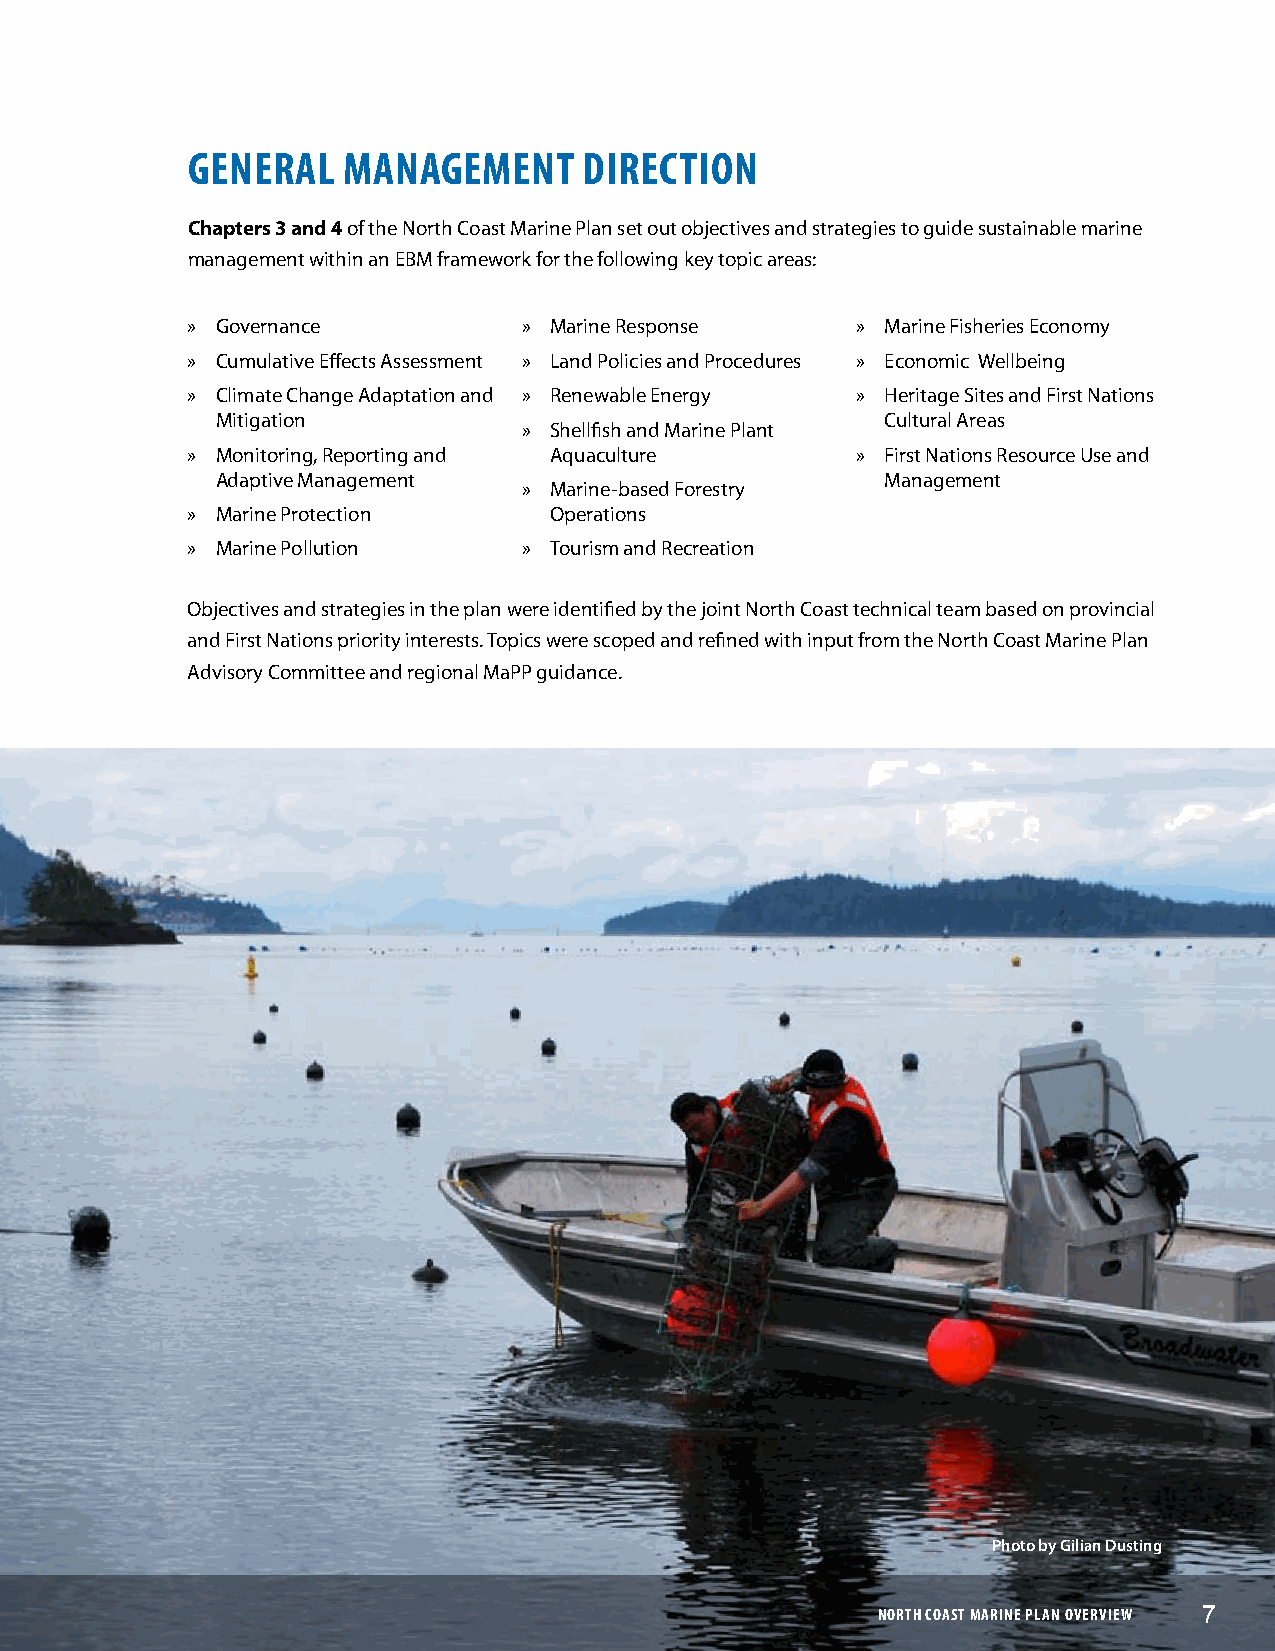
gENERAL    MANAgEMENT      DIRECTION
 Chapters3and4 of the North Coast Marine Plan set out objectives and strategies to guide sustainable marine
 management within an EBM framework for the following key topic areas:
 » Governance           » Marine Response     » Marine Fisheries Economy
 » Cumulative Effects Assessment » Land Policies and Procedures » Economic Wellbeing
 » Climate Change Adaptation and » Renewable Energy » Heritage Sites and First Nations
 Mitigation                                   Cultural Areas
 » Shellfish and Marine Plant
 » Monitoring, Reporting and Aquaculture      » First Nations Resource Use and
 Adaptive Management                          Management
 » Marine-based Forestry
 » Marine Protection     Operations
 » Marine Pollution     » Tourism and Recreation
 Objectives and strategies in the plan were identified by the joint North Coast technical team based on provincial
 and First Nations priority interests. Topics were scoped and refined with input from the North Coast Marine Plan
 Advisory Committee and regional MaPP guidance.
 Photo by Gilian Dusting
 NNOORRTTHH CCOOAASSTT MMAARRIINNEE PPLLAANN OOVVEERRVVIIEEWW 77